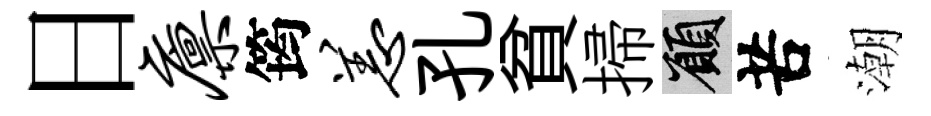
日廪筠恙孔貧掃願苦潮